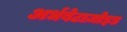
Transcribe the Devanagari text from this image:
अर्धबेटाज़ोइड